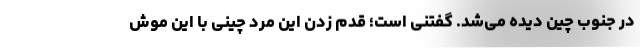
در جنوب چین دیده می‌شد. گفتنی است؛ قدم زدن این مرد چینی با این موش